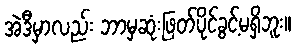
အဲဒီမှာလည်း ဘာမှဆုံးဖြတ်ပိုင်ခွင့်မရှိဘူး။